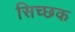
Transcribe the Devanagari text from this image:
सिच्‍छक